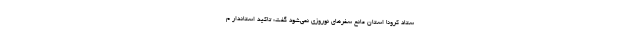
ستاد کرونا استان مانع سفرهای نوروزی نمی‌شود گفت: تاکید استاندار م